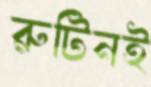
রুটিনই